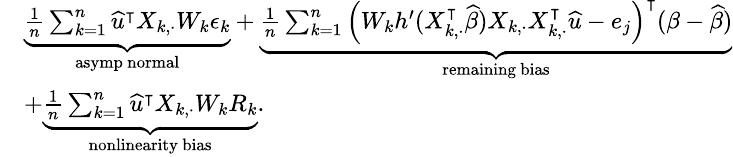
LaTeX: \small\begin{array}{rl}&{\underbrace{\frac{1}{n}\sum_{k=1}^{n}\widehat{u}^{\intercal}X_{k,\cdot}W_{k}\epsilon_{k}}_{\mathrm{asymp~normal}}+\underbrace{\frac{1}{n}\sum_{k=1}^{n}\left(W_{k}h^{\prime}(X_{k,\cdot}^{\intercal}\widehat{\beta})X_{k,\cdot}X_{k,\cdot}^{\intercal}\widehat{u}-e_{j}\right)^{\intercal}(\beta-\widehat{\beta})}_{\mathrm{remaining~bias}}}\\ &{+\underbrace{\frac{1}{n}\sum_{k=1}^{n}\widehat{u}^{\intercal}X_{k,\cdot}W_{k}R_{k}}_{\mathrm{nonlinearity~bias}}.}\end{array}